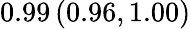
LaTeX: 0.99\left(0.96,1.00\right)